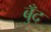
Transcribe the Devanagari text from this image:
बुँद